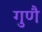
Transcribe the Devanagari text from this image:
गुणै